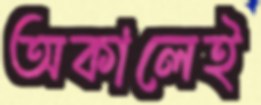
অকালেই